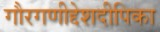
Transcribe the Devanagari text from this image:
गौरगणीद्देशदीपिका